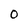
Character: 0